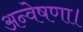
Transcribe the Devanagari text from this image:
अन्वेषणा।